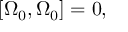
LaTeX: \left[ \Omega _ { 0 } , \Omega _ { 0 } \right] = 0 ,